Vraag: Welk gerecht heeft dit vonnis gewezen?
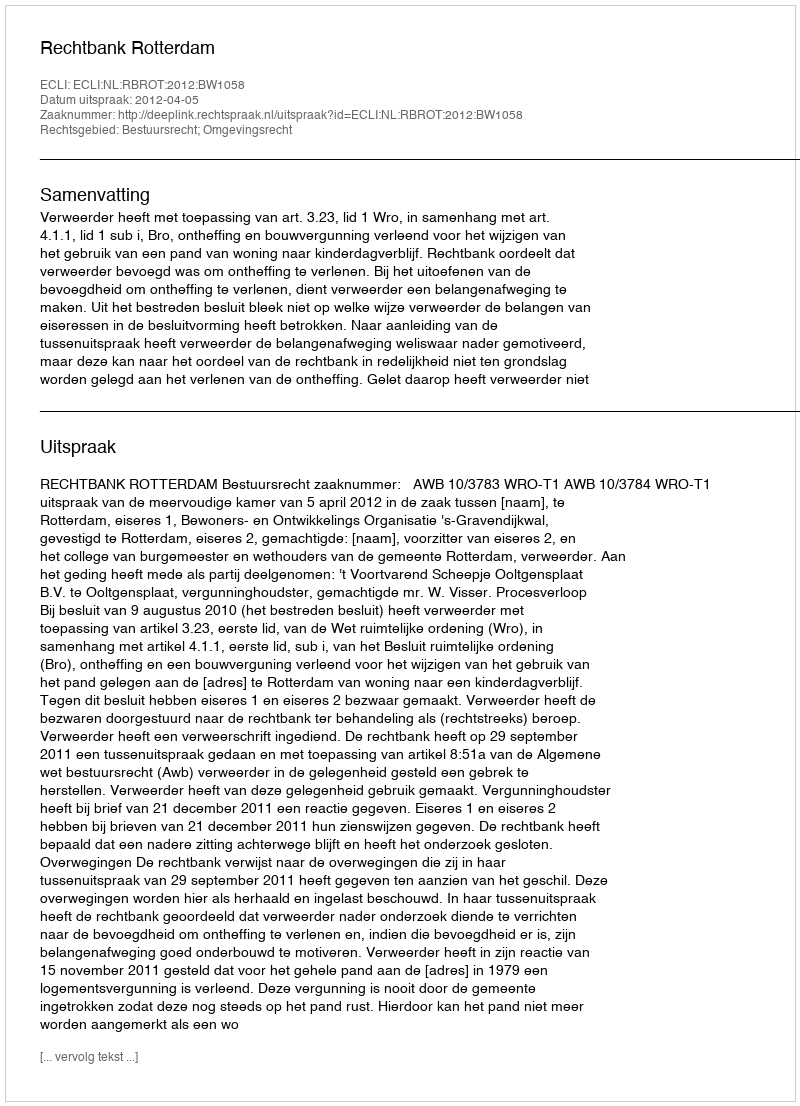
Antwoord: Rechtbank Rotterdam